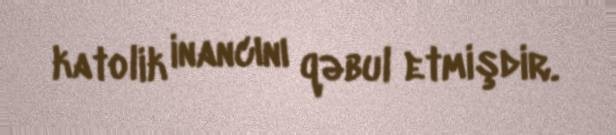
katolik inancını qəbul etmişdir.